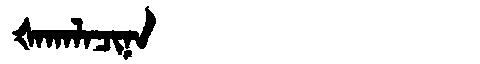
Manchu: ᡧᠠᡴᠠᠯᠠᠴᡳᠨᠠ
Romanization: ŠAKALACINA